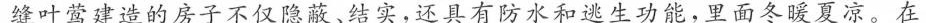
缝叶莺建造的房子不仅隐蔽、结实。还具有防水和逃生功能，里面冬暖夏凉。在